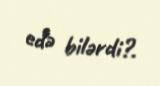
edə bilərdi?.